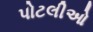
પોટલીઓ